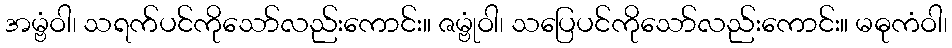
အမ္ဗံဝါ၊ သရက်ပင်ကိုသော်လည်းကောင်း။ ဇမ္ဗုံဝါ၊ သပြေပင်ကိုသော်လည်းကောင်း။ မဓုကံဝါ၊